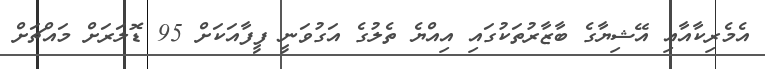
އެމެރިކާއާއި އޭޝިޔާގެ ބާޒާރުތަކުގައި އިއްޔެ ތެލުގެ އަގުވަނީ ފީފާއަކަށް 95 ޑޮލަރަށް މައްޗަށް